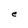
Character: e